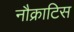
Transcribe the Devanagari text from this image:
नौक्राटिस